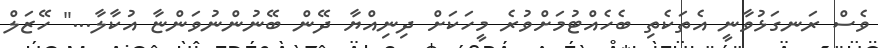
ވެސް ރަނގަޅުވާނީ އެތަކެތި ބެހެއްޓުމަށްވުރެ މީހަކަށް ދިނިއްޔާ ދޭން ބޭނުންނުވަންޏާ އުކާލާ..." ހޭޒަލް